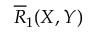
\overline { { R } } _ { 1 } ( X , Y )